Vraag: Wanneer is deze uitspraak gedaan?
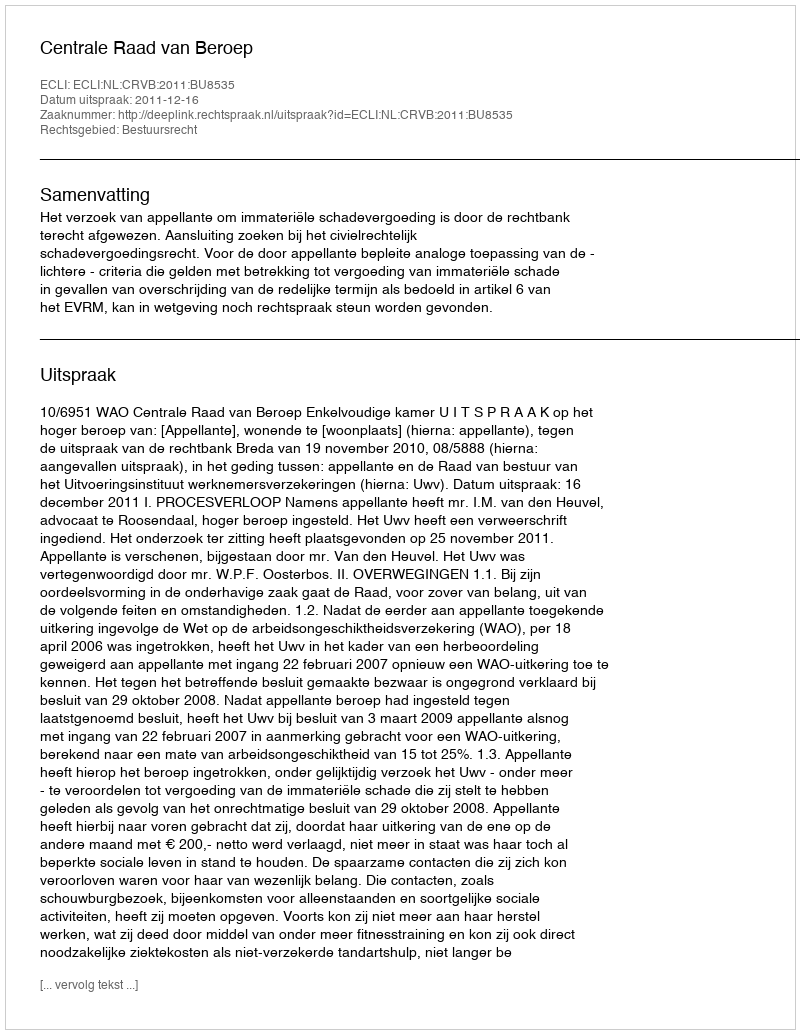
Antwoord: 2011-12-16